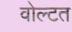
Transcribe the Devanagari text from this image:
वोल्टत